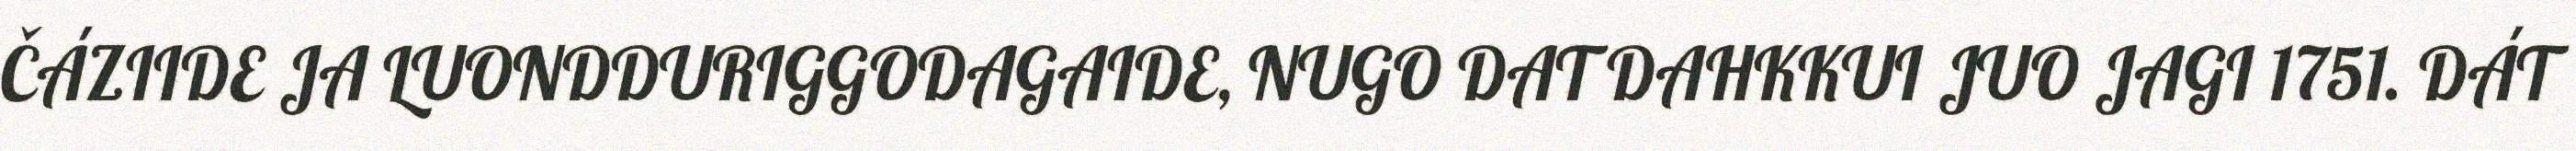
ČÁZIIDE JA LUONDDURIGGODAGAIDE, NUGO DAT DAHKKUI JUO JAGI 1751. DÁT